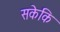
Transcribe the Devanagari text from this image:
सकेकि